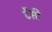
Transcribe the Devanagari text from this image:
टेंसी